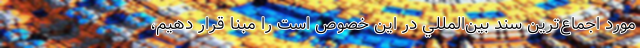
مورد اجماع‌ترين سند بين‌المللي در اين خصوص است را مبنا قرار دهيم،